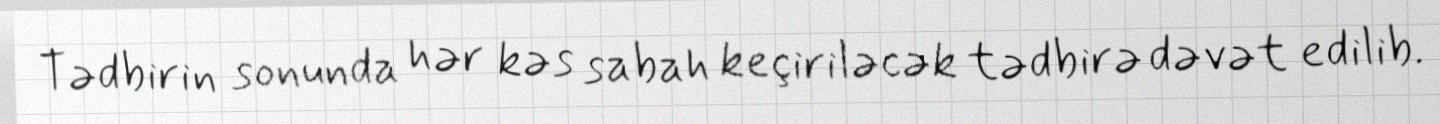
Tədbirin sonunda hər kəs sabah keçiriləcək tədbirə dəvət edilib.